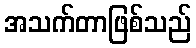
အသက်တာဖြစ်သည်